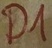
Text: D1